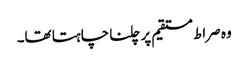
وہ صراط مستقیم پر چلنا چاہتا تھا۔